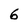
Character: 6